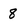
Character: 8